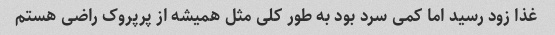
غذا زود رسید اما کمی سرد بود به طور کلی مثل همیشه از پرپروک راضی هستم